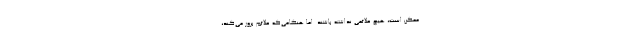
ممکن است، هیچ علائمی نداشته باشند. اما هنگامی‌که علائم بروز می‌کند،